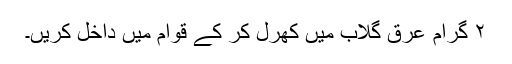
۲ گرام عرقِ گلاب میں کھرل کر کے قوام میں داخل کریں۔